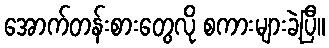
အောက်တန်းစားတွေလို စကားများခဲ့ပြီ။